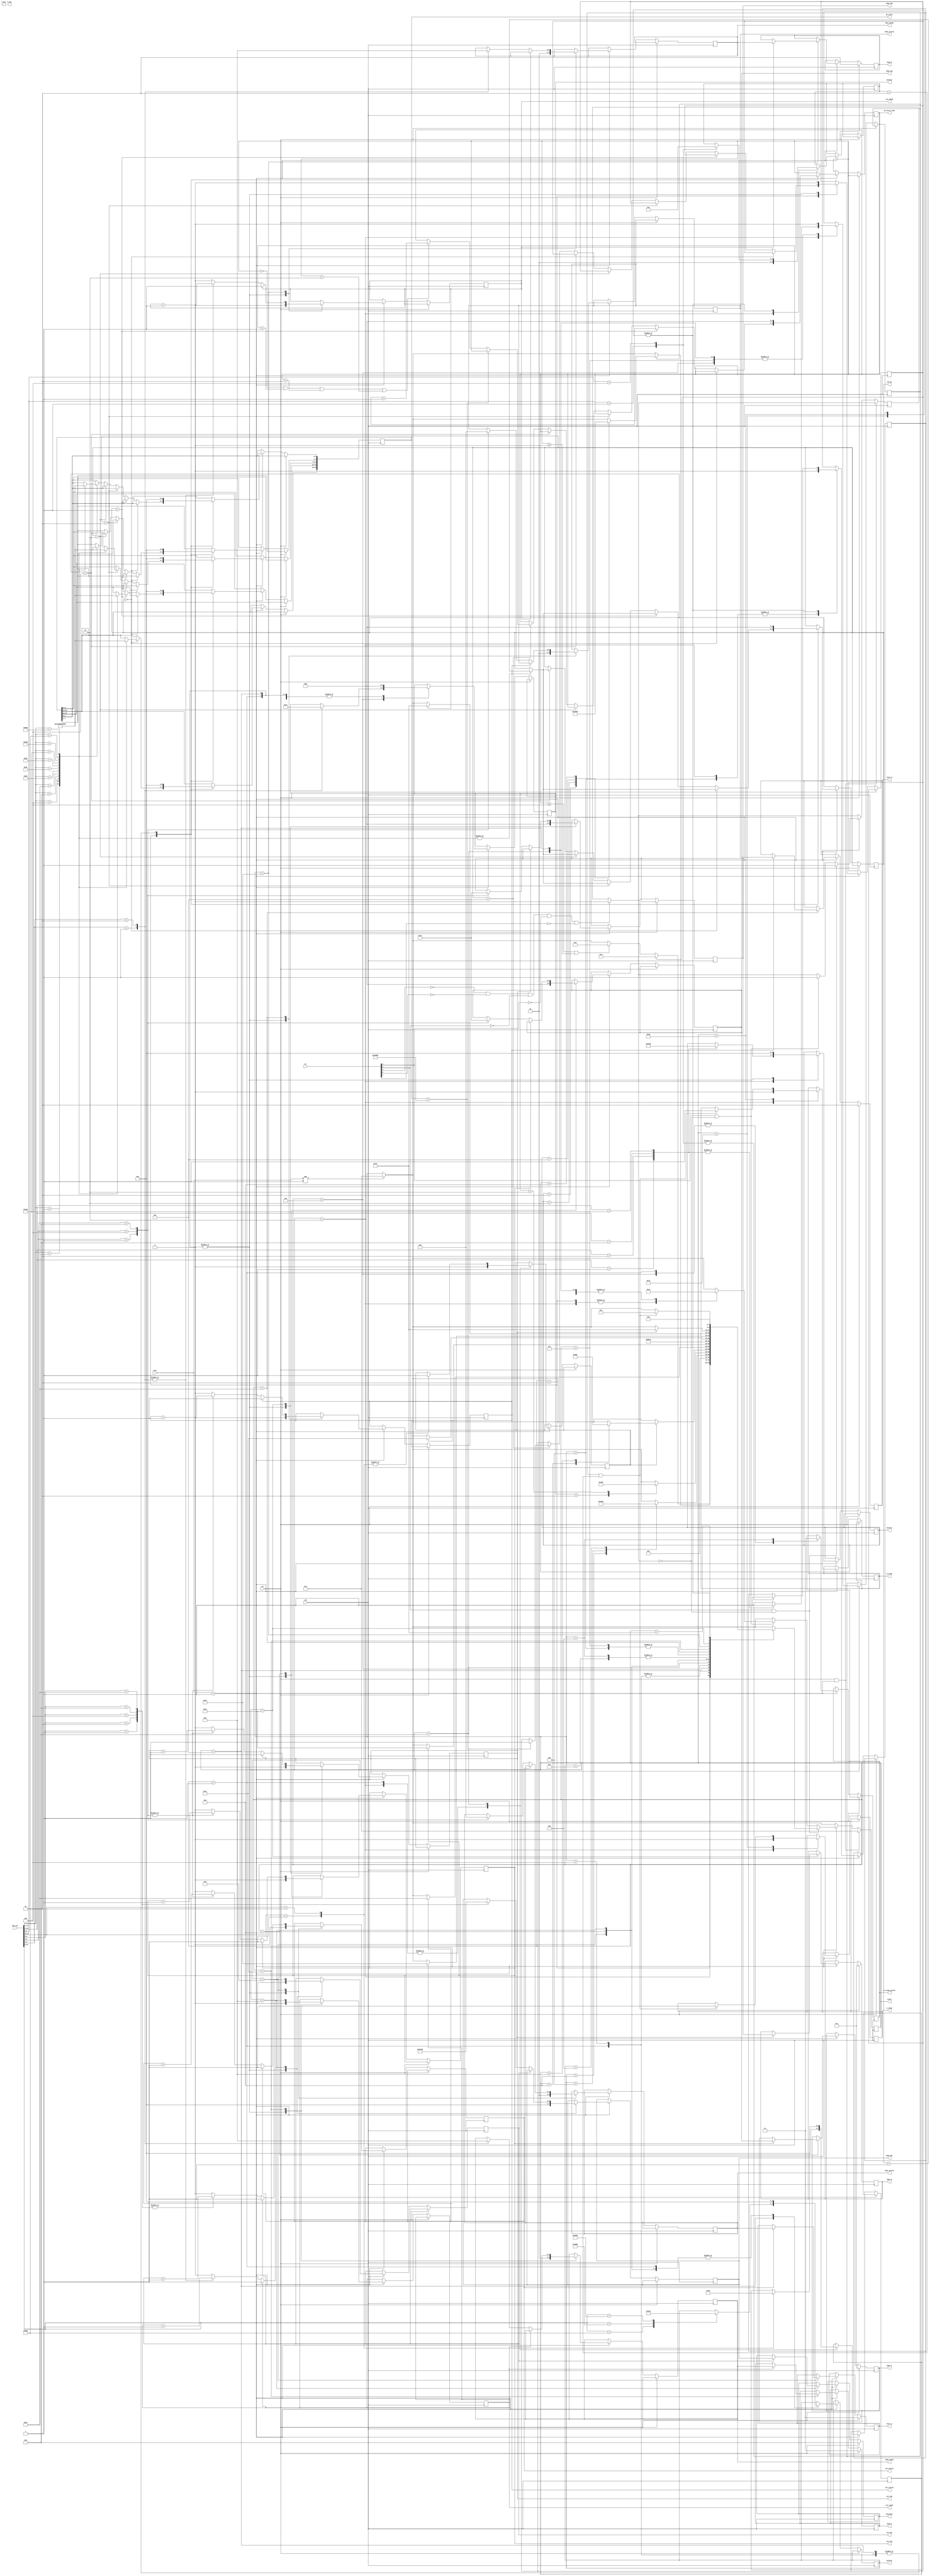
`timescale 1ns / 1ps

module administrator_model(
    input clk,
    input rst,
    input [2:0] view,
    output reg [4:0] state,
    output reg [3:0] discount,
    output reg [2:0] open_a,
    output reg [2:0] open_b,
    output reg  a_clean,
    output reg  b_clean,
    output reg is_clean_profit,
    output reg [5:0] a_pos,
    output reg [5:0] b_pos,
    output reg [1:0] start_a,
    output reg [1:0] start_b,
    output reg [1:0] each_a,
    output reg [1:0] each_b,
    output reg [19:0] ps_write,
    output reg [2:0] cnt_ps,
    output reg [2:0] ps_error_time,
    output reg [3:0] select1,
    output reg [3:0] select2,
    output reg [2:0] select3,
    output reg cnt_starta,
    output reg [1:0]show_starta,
    output reg cnt_startb,
    output reg [1:0]show_startb,
    output reg cnt_eacha,
    output reg [1:0]show_eacha, 
    output reg cnt_eachb,
    output reg [1:0]show_eachb, 
    output reg cnt_toa,
    output reg [2:0]show_toa,   
    output reg cnt_tob,
    output reg [2:0]show_tob, 
    output reg cnt_dis,
    output reg [3:0] show_dis,
    input [15:0] key_out,
    input [4:0] bt
    );
    wire up_bt, down_bt, mid_bt,left_bt,right_bt;
    assign up_bt = bt[2];
    assign left_bt = bt[1];
    assign right_bt = bt[0];
    assign down_bt = bt[4];
    assign mid_bt = bt[3];
    //a.?????
    //b.????
    //c.???
    //d.??,??
    //e.?
    //f.????????
    reg is_ps_right;
    reg ispressed;
    reg [3:0] chos_ab;
    reg [19:0] psword = 20'b0010_0011_0101_0110_1000;
    reg is_chos_ab;
    reg [1:0]  is_clr;
    reg is_chos_clr;
    reg isProfit;
    reg is3;
    
    always @(posedge clk) begin
        if(!left_bt && !right_bt && !mid_bt && !up_bt && !down_bt) begin 
              ispressed = 0;
            end
        if(view != 1) state <= 1;
        if(rst && view == 1) begin
             state <= 1;
        end 
        else
        begin
            if(view == 1) 
            begin
                if(mid_bt && !ispressed) begin
                    ispressed = 1;
                    case({state})
                    //???
                    1: state <= 2;
                    2: begin
                                 if(is_ps_right)
                                             state <= 3;
                                     else begin
                                             if(ps_error_time <= 4 && ps_error_time >= 0)
                                                     state <= 4; //error
                                     end
                             end
                    3:begin
                    if(is3)begin
                               case({select1})
                             2: state <= 5;
                             3: state <= 6;
                             5: state <= 8;
                             4'ha: state <= 7;
                             endcase
                    end
                     end
                    //?
                    4: state <= 2;
                    5: begin
                              case(select2)
                              4'ha: state <= 9;
                              4'he: state <= 10;
                              4'hd: state <= 11;
                              endcase
                        end
                    6: begin
                    case(select3)
                    2:state <= 12;
                    3:state <= 13;
                    endcase
                    end
                    7: state <= 3;
                    8: begin
                    if(is_chos_ab) begin
                         case(chos_ab)
                         10: state <= 21;
                         11: state <= 22;
                         endcase
                         end
                    end
                    9: if(cnt_starta == 1) state<= 16;
                    10: if(cnt_toa == 1) state <= 19;
                    11: state <= 20;
                    12: state <= 6; //profit?? - 12
                    13: state <= 6;//done - 13
                    14: state <= 3;
                    16: if(cnt_startb == 1) state<= 17;
                    17:  if(cnt_eacha == 1) state<=18;
                    18:  if(cnt_eachb == 1) state<=20;
                    19: if(cnt_tob == 1) state <= 20;
                    20: state <= 5;
                    //
                    21: if(is_chos_clr && is_clr == 2) state <= 14;
                    22: if(is_chos_clr && is_clr == 2) state <= 14;
                    endcase 
                end
                else if(up_bt && !ispressed) begin
                    ispressed = 1;
                    case(state)
                    //1
                    3: state <= 1;
                    2: state <= 1; 
                    6: state <= 3;
                    5: state <= 3;
                    8: state <= 3;
                    endcase
                end
            end
        end
    end
    
    always @(posedge clk) begin
        if(rst) begin
             open_a <= 3;
             open_b <= 3;
             //left_a <= 3;
             //left_b <= 3;
             discount <= 8;
             start_a <= 1;
             start_b <= 2;
             each_a <=1;
             each_b <= 2;
        end
        else begin
        if(view == 1) begin
            case({state})
            1:begin
            //?
               ps_write <= 0;
               cnt_ps <= 0;
               ps_error_time <= 0;
               select1 <= 0;
               select2 <= 0;
               select3 <= 0;
               cnt_starta <= 0;
               show_starta<= 0;
               cnt_startb<= 0;
                show_startb<= 0;
               cnt_eacha<= 0;
                show_eacha<= 0;
               cnt_eachb<= 0;
               show_eachb<= 0;
               cnt_toa <= 0;
                show_toa<= 0;
               cnt_tob<= 0;
               is_clean_profit <= 0;
                show_tob <= 0;
               cnt_dis <= 0;
                show_dis<= 0;
               is_ps_right <= 0;
              chos_ab <= 0;
              is_chos_ab <= 0;
              isProfit <= 0;
            end
            2:begin
                   if(cnt_ps == 0) begin
                   case(key_out[12:1])
                        12'b000_000_000_001:begin ps_write[19:16] <= 1; cnt_ps = cnt_ps + 1; end
                        12'b000_000_000_010:begin ps_write[19:16] <= 2; cnt_ps = cnt_ps + 1; end
                        12'b000_000_000_100:begin ps_write[19:16] <= 3; cnt_ps = cnt_ps + 1; end
                        12'b000_000_001_000:begin ps_write[19:16] <= 4; cnt_ps = cnt_ps + 1; end
                        12'b000_000_010_000:begin ps_write[19:16] <= 5; cnt_ps = cnt_ps + 1; end
                        12'b000_000_100_000:begin ps_write[19:16] <= 6; cnt_ps = cnt_ps + 1; end
                        12'b000_001_000_000:begin ps_write[19:16] <= 7; cnt_ps = cnt_ps + 1; end
                        12'b000_010_000_000:begin ps_write[19:16] <= 8; cnt_ps = cnt_ps + 1; end
                        12'b000_100_000_000:begin ps_write[19:16] <= 9; cnt_ps = cnt_ps + 1; end
                        12'b001_000_000_000:begin ps_write[19:16] <= 4'ha; cnt_ps = cnt_ps + 1; end
                        12'b010_000_000_000:begin ps_write[19:16] <= 4'hb; cnt_ps = cnt_ps + 1; end
                        12'b100_000_000_000:begin ps_write[19:16] <= 4'hc; cnt_ps = cnt_ps + 1; end
                    endcase             
                    end
                    else if(cnt_ps == 1) begin
                    case(key_out[12:1])
                        12'b000_000_000_001:begin ps_write[15:12] <= 1; cnt_ps = cnt_ps + 1; end
                        12'b000_000_000_010:begin ps_write[15:12] <= 2; cnt_ps = cnt_ps + 1; end
                        12'b000_000_000_100:begin ps_write[15:12] <= 3; cnt_ps = cnt_ps + 1; end
                        12'b000_000_001_000:begin ps_write[15:12] <= 4; cnt_ps = cnt_ps + 1; end
                        12'b000_000_010_000:begin ps_write[15:12] <= 5; cnt_ps = cnt_ps + 1; end
                        12'b000_000_100_000:begin ps_write[15:12] <= 6; cnt_ps = cnt_ps + 1; end
                        12'b000_001_000_000:begin ps_write[15:12] <= 7; cnt_ps = cnt_ps + 1; end
                        12'b000_010_000_000:begin ps_write[15:12] <= 8; cnt_ps = cnt_ps + 1; end
                        12'b000_100_000_000:begin ps_write[15:12] <= 9; cnt_ps = cnt_ps + 1; end
                        12'b001_000_000_000:begin ps_write[15:12] <= 4'ha; cnt_ps = cnt_ps+ 1; end
                        12'b010_000_000_000:begin ps_write[15:12] <= 4'hb; cnt_ps = cnt_ps+ 1; end
                        12'b100_000_000_000:begin ps_write[15:12] <= 4'hc; cnt_ps = cnt_ps+ 1; end
                    endcase             
                    end
                    else if(cnt_ps == 2) begin
                    case(key_out[12:1])
                        12'b000_000_000_001:begin ps_write[11:8] <= 1; cnt_ps = cnt_ps + 1; end
                        12'b000_000_000_010:begin ps_write[11:8] <= 2; cnt_ps = cnt_ps + 1; end
                        12'b000_000_000_100:begin ps_write[11:8] <= 3; cnt_ps = cnt_ps + 1; end
                        12'b000_000_001_000:begin ps_write[11:8] <= 4; cnt_ps = cnt_ps + 1; end
                        12'b000_000_010_000:begin ps_write[11:8] <= 5; cnt_ps = cnt_ps + 1; end
                        12'b000_000_100_000:begin ps_write[11:8] <= 6; cnt_ps = cnt_ps + 1; end
                        12'b000_001_000_000:begin ps_write[11:8] <= 7; cnt_ps = cnt_ps + 1; end
                        12'b000_010_000_000:begin ps_write[11:8] <= 8; cnt_ps = cnt_ps + 1; end
                        12'b000_100_000_000:begin ps_write[11:8] <= 9; cnt_ps = cnt_ps + 1; end
                        12'b001_000_000_000:begin ps_write[11:8] <= 4'ha; cnt_ps = cnt_ps + 1; end
                        12'b010_000_000_000:begin ps_write[11:8] <= 4'hb; cnt_ps = cnt_ps + 1; end
                        12'b100_000_000_000:begin ps_write[11:8] <= 4'hc; cnt_ps = cnt_ps + 1; end
                    endcase             
                    end
                    else if(cnt_ps == 3) begin
                    case(key_out[12:1])
                        12'b000_000_000_001:begin ps_write[7:4] <= 1; cnt_ps = cnt_ps + 1; end
                        12'b000_000_000_010:begin ps_write[7:4] <= 2; cnt_ps = cnt_ps + 1; end
                        12'b000_000_000_100:begin ps_write[7:4] <= 3; cnt_ps = cnt_ps + 1; end
                        12'b000_000_001_000:begin ps_write[7:4] <= 4; cnt_ps = cnt_ps + 1; end
                        12'b000_000_010_000:begin ps_write[7:4] <= 5; cnt_ps = cnt_ps + 1; end
                        12'b000_000_100_000:begin ps_write[7:4] <= 6; cnt_ps = cnt_ps + 1; end
                        12'b000_001_000_000:begin ps_write[7:4] <= 7; cnt_ps = cnt_ps + 1; end
                        12'b000_010_000_000:begin ps_write[7:4] <= 8; cnt_ps = cnt_ps + 1; end
                        12'b000_100_000_000:begin ps_write[7:4] <= 9; cnt_ps = cnt_ps + 1; end
                        12'b001_000_000_000:begin ps_write[7:4] <= 4'ha; cnt_ps = cnt_ps + 1; end
                        12'b010_000_000_000:begin ps_write[7:4] <= 4'hb; cnt_ps = cnt_ps + 1; end
                        12'b100_000_000_000:begin ps_write[7:4] <= 4'hc; cnt_ps = cnt_ps + 1; end
                    endcase             
                    end
                    else if(cnt_ps == 4) begin
                            case(key_out[12:1])
                                  12'b000_000_000_001:begin ps_write[3:0] <= 1; cnt_ps = cnt_ps + 1; end
                                  12'b000_000_000_010:begin ps_write[3:0] <= 2; cnt_ps = cnt_ps + 1; end
                                  12'b000_000_000_100:begin ps_write[3:0] <= 3; cnt_ps = cnt_ps + 1; end
                                  12'b000_000_001_000:begin ps_write[3:0] <= 4; cnt_ps = cnt_ps + 1; end
                                  12'b000_000_010_000:begin ps_write[3:0] <= 5; cnt_ps = cnt_ps + 1; end
                                  12'b000_000_100_000:begin ps_write[3:0] <= 6; cnt_ps = cnt_ps + 1; end
                                  12'b000_001_000_000:begin ps_write[3:0] <= 7; cnt_ps = cnt_ps + 1; end
                                  12'b000_010_000_000:begin ps_write[3:0] <= 8; cnt_ps = cnt_ps + 1; end
                                  12'b000_100_000_000:begin ps_write[3:0] <= 9; cnt_ps = cnt_ps + 1; end
                                  12'b001_000_000_000:begin ps_write[3:0] <= 4'ha; cnt_ps = cnt_ps + 1; end
                                  12'b010_000_000_000:begin ps_write[3:0] <= 4'hb; cnt_ps = cnt_ps + 1; end
                                  12'b100_000_000_000:begin ps_write[3:0] <= 4'hc; cnt_ps = cnt_ps + 1; end
                           endcase             
                     end                                      
                    else if(cnt_ps == 5)begin
                        if(ps_write == psword)
                              is_ps_right <= 1'b1;
                        else begin
                               if(ps_error_time == 0 || ps_error_time == 1 || ps_error_time == 2 || ps_error_time == 3)
                                         ps_error_time <= ps_error_time + 1;
                       end                                                                                                                      
                   end
               end
            3:begin
                    a_clean <= 0;
                    b_clean <= 0;
                   is_clr <= 0;
                   is_chos_clr <= 0;
                   chos_ab <= 0;
                   is_chos_ab <= 0;
                    case(key_out[10:2])
                    9'b000_000_001:begin select1 <= 2 ;       is3 <= 1; end
                    9'b000_000_010:begin select1 <= 3 ;   is3 <= 1;      end 
                    9'b000_001_000:begin select1 <= 5 ;    is3 <= 1;     end 
                    9'b100_000_000:begin select1 <= 4'ha ;  is3 <= 1; end
                    endcase
                end
            4: begin
            ps_write <= 0;
            cnt_ps <= 0;
            ps_error_time <= 0;
            end
            5:begin
                          is3 <= 0; 
                           ps_write <= 0;
                           isProfit <= 0;
                           cnt_ps <= 0;
                           ps_error_time <= 0;
                           select1 <= 0;
                           select3 <= 0;
                           cnt_starta <= 0;
                           show_starta<= 0;
                           cnt_startb<= 0;
                            show_startb<= 0;
                           cnt_eacha<= 0;
                            show_eacha<= 0;
                           cnt_eachb<= 0;
                           show_eachb<= 0;
                           cnt_toa <= 0;
                            show_toa<= 0;
                           cnt_tob<= 0;
                            show_tob <= 0;
                           cnt_dis <= 0;
                            show_dis<= 0;
                           is_ps_right <= 0;
                     case(key_out[14:0])
                         15'b000_010_000_000_000:begin select2 <= 4'ha ; end
                         15'b100_000_000_000_000:begin select2 <= 4'he ; end 
                         15'b010_000_000_000_000:begin select2 <= 4'hd ; end
                         endcase
                     end
            6:begin
             is3 <= 0; 
             is_clean_profit <= 0;
                      case(key_out[3:2])
                      2'b01:begin select3 <= 2 ; isProfit <= 1; end
                      2'b10:begin select3 <= 3 ; isProfit <= 1; end
                      endcase
               end
            7: is3 <= 0; 
            8:begin
                is3 <= 0; 
                     case(key_out[11:10])
                      2'b01: begin chos_ab <= 4'ha;  is_chos_ab <= 1; end
                      2'b10: begin chos_ab <= 4'hb; is_chos_ab <= 1; end
                      endcase
               end
            9:begin
            select2 <= 0;
            if(cnt_starta == 0) begin
                case(key_out[3:0])
                     4'b0001:begin show_starta <= 0; cnt_starta = cnt_starta + 1; end
                     4'b0100:begin show_starta <= 2; cnt_starta = cnt_starta + 1; end
                     4'b1000:begin show_starta <= 3; cnt_starta = cnt_starta + 1; end
                 endcase
                 end
                 else if(cnt_starta == 1)begin
                        start_a <= show_starta;
                 end             
            end
            10:begin
            select2 <=0;
                  if(cnt_toa == 0) begin
                      case(key_out[3:0])
                           4'b0001:begin show_toa <= 0; cnt_toa = cnt_toa + 1; end
                           4'b0100:begin show_toa <= 2; cnt_toa = cnt_toa + 1; end
                           4'b1000:begin show_toa <= 3; cnt_toa = cnt_toa + 1; end
                       endcase
                       end
                       else if(cnt_toa == 1)begin
                              open_a <= show_toa;
                       end             
                  end
            11:begin
            select2 <= 0;
                 if(cnt_dis == 0) begin
                     case(key_out[9:5])
                          5'b00001:begin show_dis <= 5; cnt_dis = cnt_dis + 1; end
                          5'b00010:begin show_dis <= 6; cnt_dis = cnt_dis + 1; end
                          5'b00100:begin show_dis <= 7; cnt_dis = cnt_dis + 1; end
                          5'b01000:begin show_dis <= 8; cnt_dis = cnt_dis + 1; end
                          5'b10000:begin show_dis <= 9; cnt_dis = cnt_dis + 1; end
                      endcase
                      end
                      else if(cnt_dis == 1)begin
                             discount <= show_dis;
                      end             
                 end
            12: begin select3 <= 0;  isProfit <= 0; end
            13:begin
            select3 <= 0;
            isProfit <= 0;
            is_clean_profit <= 1;
            end
            14: is_chos_clr <= 0;
            16:begin
                 if(cnt_startb == 0) begin
                     case(key_out[3:0])
                          4'b0001:begin show_startb <= 0; cnt_startb = cnt_startb + 1; end
                          4'b0100:begin show_startb <= 2; cnt_startb = cnt_startb + 1; end
                          4'b1000:begin show_startb <= 3; cnt_startb = cnt_startb + 1; end
                      endcase
                      end
                      else if(cnt_startb == 1)begin
                             start_b <= show_startb;
                      end             
                 end
             17:begin
                   if(cnt_eacha == 0) begin
                       case(key_out[3:2])
                            2'b01:begin show_eacha <= 2; cnt_eacha = cnt_eacha + 1; end
                            2'b10:begin show_eacha <= 3; cnt_eacha = cnt_eacha + 1; end
                        endcase
                        end
                        else if(cnt_eacha == 1)begin
                               each_a <= show_eacha;
                        end             
                   end
             18:begin
                  if(cnt_eachb == 0) begin
                      case(key_out[3:2])
                           2'b01:begin show_eachb <= 2; cnt_eachb = cnt_eachb + 1; end
                           2'b10:begin show_eachb <= 3; cnt_eachb = cnt_eachb + 1; end
                       endcase
                       end
                       else if(cnt_eachb == 1)begin
                              each_b <= show_eachb;
                       end             
                  end
             19:begin
                    if(cnt_tob == 0) begin
                      case(key_out[3:0])
                         4'b0001:begin show_tob <= 0; cnt_tob = cnt_tob + 1; end
                         4'b0100:begin show_tob <= 2; cnt_tob = cnt_tob + 1; end
                         4'b1000:begin show_tob <= 3; cnt_tob = cnt_tob + 1; end
                         endcase
                         end
                         else if(cnt_tob == 1)begin
                                open_b <= show_tob;
                         end             
                    end
                    21: begin
                              case(key_out[2:0])
                              3'b001:begin is_clr<= 0; is_chos_clr <= 1; end
                              3'b100:begin is_clr<= 2; is_chos_clr <= 1; end
                              endcase
                              if(is_chos_clr && is_clr == 2) begin
                                      a_clean <= 1;
                                      //a_pos <= 0;
                              end
                    end
                    22: begin
                             case(key_out[2:0])
                             3'b001:begin is_clr<= 0; is_chos_clr <= 1; end
                             3'b100:begin is_clr<= 2; is_chos_clr <= 1; end
                             endcase
                             if(is_chos_clr && is_clr == 2) begin
                                       b_clean <= 1;
                                       //b_pos <= 0;
                             end
                   end
            endcase
          end 
        end     
    end
endmodule